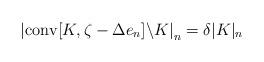
LaTeX: \begin{align*}\left|\mathrm{conv}[K,\zeta-\Delta e_n]\backslash K\right|_n=\delta|K|_n\end{align*}